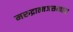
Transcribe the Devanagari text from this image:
मरुद्रात्मजसन्त्राता